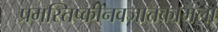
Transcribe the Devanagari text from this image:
प्रमस्तिष्कीनवजातकामला